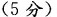
(5分)